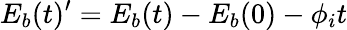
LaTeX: E_{b}(t)^{\prime}=E_{b}(t)-E_{b}(0)-\phi_{i}t